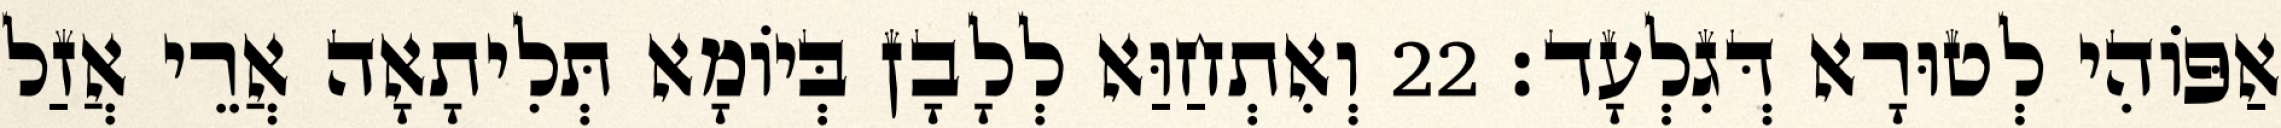
אַפּוֹהִי לְטוּרָא דְּגִלְעָד׃ 22 וְאִתְחַוַּא לְלָבָן בְּיוֹמָא תְּלִיתָאָה אֲרֵי אֲזַל